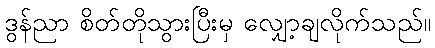
ဒွန်ညာ စိတ်တိုသွားပြီးမှ လျှော့ချလိုက်သည်။